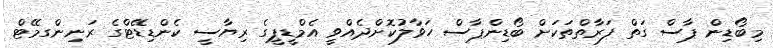
މިބޯޑިން ޕާސް ގަތް ފަރާތްތަކަށް ބޯޑިންޕާސް ހަވާލުކޮށްދެއްވީ އެމްޑީޕީގެ ރިޔާސީ ކެންޑިޑޭޓްގެ ރަނިންގމޭޓް